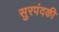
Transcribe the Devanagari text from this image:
सुरपंदकी